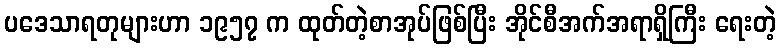
ပဒေသာရတုများဟာ ၁၉၅၇ က ထုတ်တဲ့စာအုပ်ဖြစ်ပြီး အိုင်စီအက်အရာရှိကြီး ရေးတဲ့